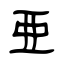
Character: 亜